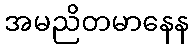
အမညိတမာနေန